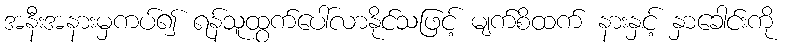
အနီးအနားမှကပ်၍ ရန်သူထွက်ပေါ်လာနိုင်သဖြင့် မျက်စိထက် နားနှင့် နှာခေါင်းကို